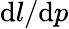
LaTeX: \mathrm{d}l/\mathrm{d}p